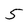
Character: 5